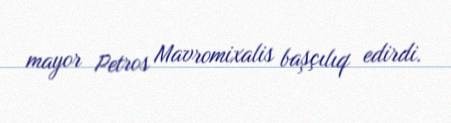
mayor Petros Mavromixalis başçılıq edirdi.